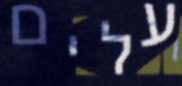
עלים